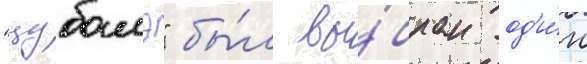
"цубамэ" бы́л вы́бран од'и́н